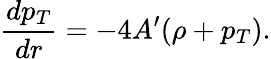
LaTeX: {\frac{dp_{T}}{dr}}=-4A^{\prime}(\rho+p_{T}).